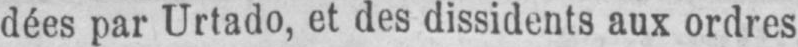
dées par Urtado, et des dissidents aux ordres